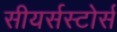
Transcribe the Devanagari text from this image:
सीयर्सस्‍टोर्स